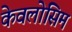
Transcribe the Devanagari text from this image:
केवलोसिम